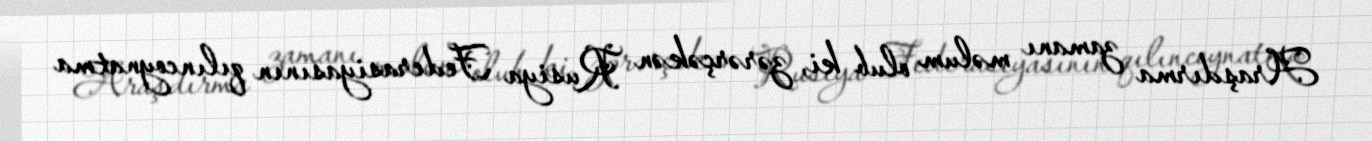
Araşdırma zamanı məlum olub ki, zərərçəkən Rusiya Federasiyasının qılıncoynatma